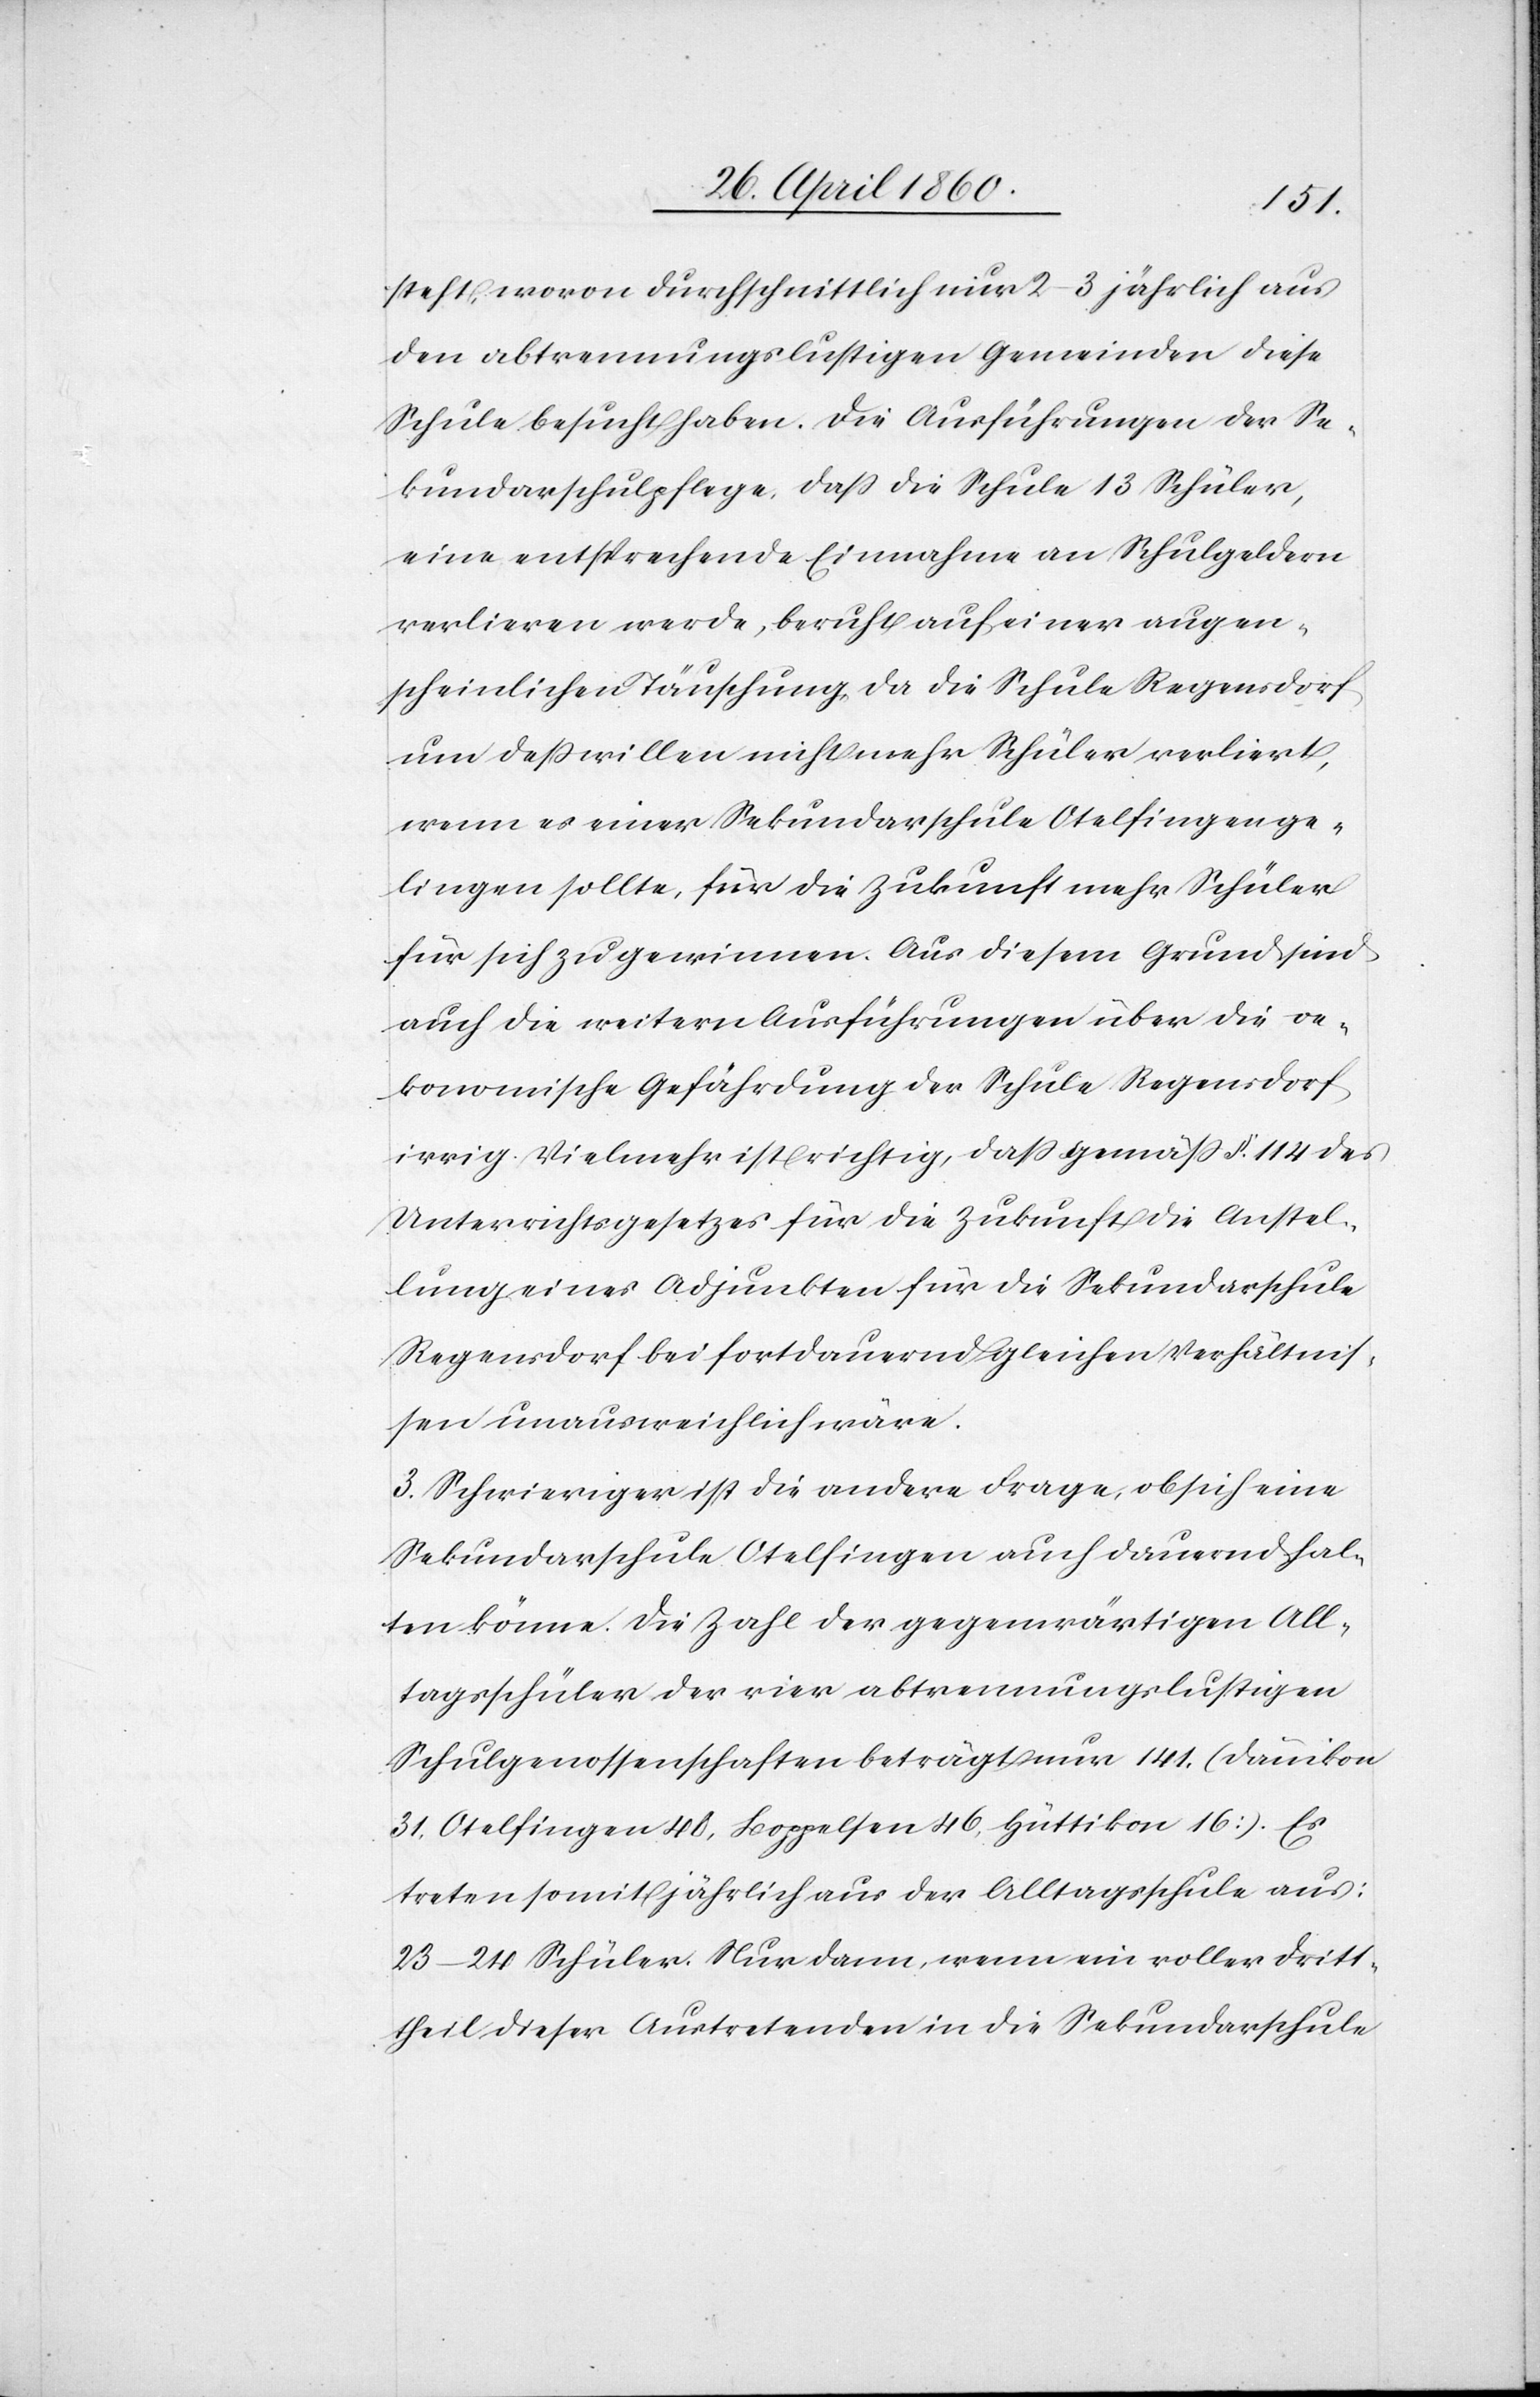
steht, wovon durchschnittlich nur 2–3 jährlich aus
den abtrennungslustigen Gemeinden diese
Schule besucht haben. Die Ausführung der Se¬
kundarschulpflege, dass die Schule 13 Schüler,
eine entsprechende Einnahme an Schulgeldern
verlieren werde, beruht auf einer augen¬
scheinlichen Täuschung, da die Schule Regensdorf
um desswillen nicht mehr Schüler verliert,
wenn es einer Sekundarschule Otelfingen ge¬
lingen sollte, für die Zukunft mehr Schüler
für sich zu gewinnen. Aus diesem Grund sind
auch die weitern Ausführungen über die oe¬
konomische Gefährdung der Schule Regensdorf
irrig. Vielmehr ist richtig, dass gemäss §. 114 des
Unterrichtsgesetzes für die Zukunft die Anstel¬
lung eines Adjunkten für die Sekundarschule
Regensdorf bei fortdauernd gleichen Verhältnis¬
sen unausweichlich wäre.
3. Schwieriger ist die andere Frage, ob sich eine
Sekundarschule Otelfingen auch dauernd hal¬
ten könne. Die Zahl der gegenwärtigen All¬
tagsschüler der vier abtrennungslustigen
Schulgenossenschaften beträgt nur 141 (Dänikon
31. Otelfingen 40, Boppelsen 56, Hüttikon 16) Es
treten somit jährlich aus der Alltagsschule aus:
23–24 Schüler. Nur dann, wenn ein voller Drit¬
theil dieser Austretenden in die Sekundarschule